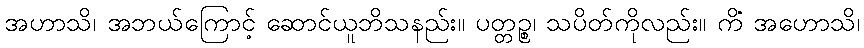
အဟာသိ၊ အဘယ်ကြောင့် ဆောင်ယူဘိသနည်း။ ပတ္တဉ္စ၊ သပိတ်ကိုလည်း။ ကိံ အဟောသိ၊